Medical and sanitary report of the native army of Madras for the year
Year: 1877
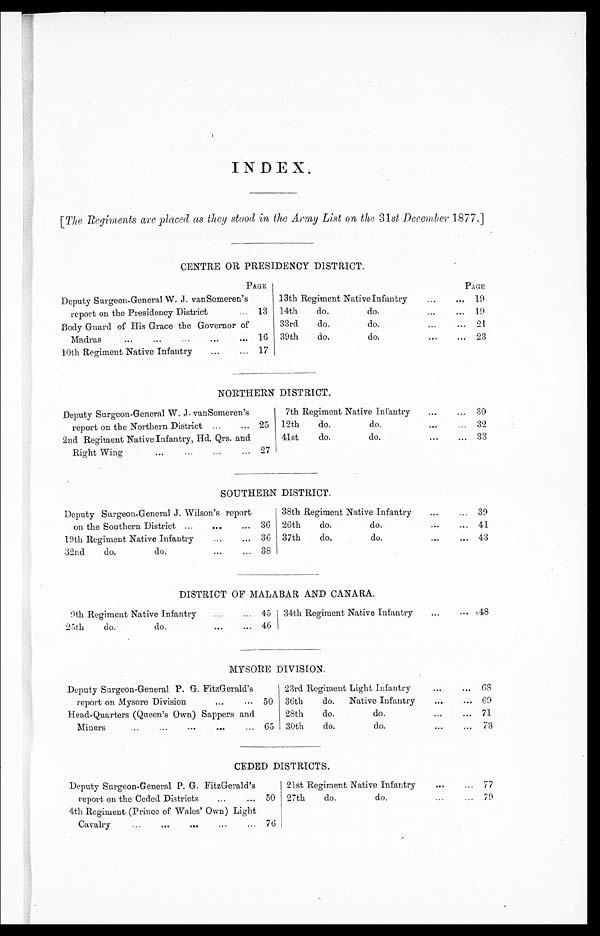
INDEX.
[ The Regiments are placed as they stood in the Army List on the 31st December 1877.]
CENTRE OR PRESIDENCY DISTRICT.
PAGE
PAGE
Deputy Surgeon-General W. J. vanSomeren's
report on the Presidency District
13
13th Regiment Native Infantry
19
14th
do.
do.
19
Body Guard of His Grace the Governor of
Madras
16
33rd
do.
do.
21
39th
do.
do.
2 3
10th Regiment Native Infantry
17
NORTHERN DISTRICT.
Deputy Surgeon-General W. J. vanSomeren's
report on the Northern District
25
7th Regiment Native Infantry
30
12th
do.
do.
32
2nd Regiment Native Infantry, Hd. Qrs. and
Right Wing
27
41st
do.
do.
33
SOUTHERN DISTRICT.
Deputy Surgeon-General J. Wilson's report
on the Southern District
36
38th Regiment Native Infantry
39
26th
do.
do.
41
19th Regiment Native Infantry
36 37th
do.
do.
43
32nd
do.
do.
38
DISTRICT OF MALABAR AND CANARA.
9th Regiment Native Infantry
45 34th Regiment Native Infantry
48
25th
do.
do.
46
MYSORE DIVISION.
Deputy Surgeon-General P. G. FitzGerald's
report on Mysore Division
50
23rd Regiment Light Infantry
68
36th
do.
Native Infantry
69
Head-Quarters (Queen's Own) Sappers and
Miners
65
28th
do.
do.
71
30th
do.
do.
73
CEDED DISTRICTS.
Deputy Surgeon-General P. G. FitzGerald's
report on the Ceded Districts
50
21st Regiment Native Infantry
77
27th
do.
do.
79
4th Regiment (Prince of Wales' Own) Light
Cavalry
76